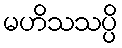
မဟိသသပ္ပိ